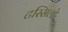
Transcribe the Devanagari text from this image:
टस्सिलो